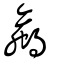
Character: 蠃